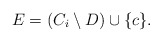
\begin{align*}E = (C_i \setminus D) \cup \{c\}.\end{align*}